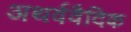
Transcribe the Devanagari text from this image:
अथर्ववैदिक